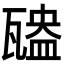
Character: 𤮃